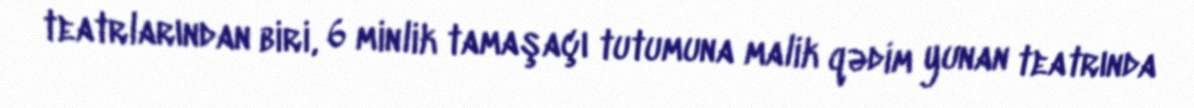
teatrlarından biri, 6 minlik tamaşaçı tutumuna malik qədim yunan teatrında